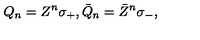
Q _ { n } = Z ^ { n } \sigma _ { + } , \bar { Q } _ { n } = \bar { Z } ^ { n } \sigma _ { - } ,